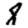
Digit: 8